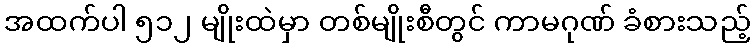
အထက်ပါ ၅၁၂ မျိုးထဲမှာ တစ်မျိုးစီတွင် ကာမဂုဏ် ခံစားသည့်